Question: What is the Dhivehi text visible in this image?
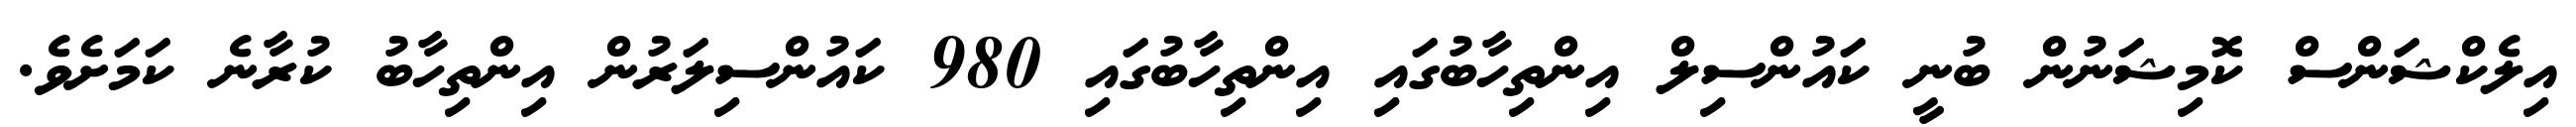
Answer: އިލެކްޝަންސް ކޮމިޝަނުން ބުނީ ކައުންސިލް އިންތިހާބުގައި އިންތިހާބުގައި 980 ކައުންސިލަރުން އިންތިހާބު ކުރާނެ ކަމަށެވެ.